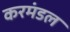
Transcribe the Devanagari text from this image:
करमंडल